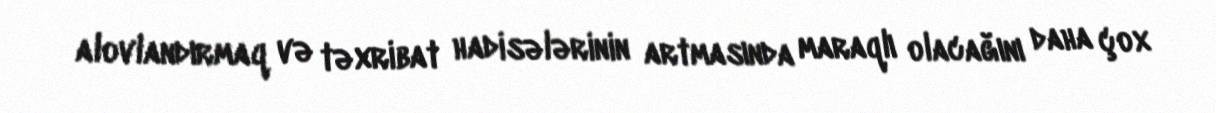
alovlandırmaq və təxribat hadisələrinin artmasında maraqlı olacağını daha çox